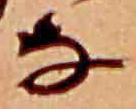
な